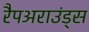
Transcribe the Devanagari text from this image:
रैपअराउंड्स